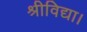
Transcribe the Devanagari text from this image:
श्रीविद्या।